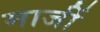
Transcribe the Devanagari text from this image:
माजीं